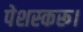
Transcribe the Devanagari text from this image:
पेशस्‍करू।